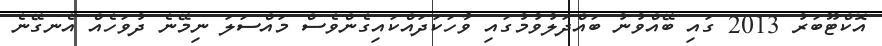
އޮކްޓޫބަރު 2013 ގައި ބޭއްވުނު ބައްދަލުވުމުގައި ވާހަކަދައްކައިގެންވެސް މައްސަލަ ނިމޭނެ ދުވަހެއް އެނގޭނެ